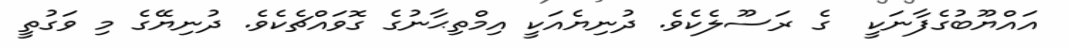
އައްޔޫބުގެފާނަކީ  ގެ ރަސޫލެކެވެ. ދުނިޔެއަކީ އިމްތިޙާނުގެ ގޮވައްޗެކެވެ. ދުނިޔޭގެ މި ވަގުތީ